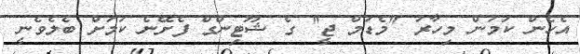
އެހެން ކަމުން މިހާރު "މެޑަމް ޖީ" ގެ ޝޫޓިންގް ފެށޭނެ ކަމަށް ބެލެވެނީ